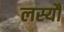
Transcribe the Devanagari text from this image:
लस्यौ